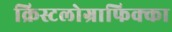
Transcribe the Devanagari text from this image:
क्रिस्टलोग्राफिक्का